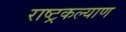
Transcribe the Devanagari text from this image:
राष्ट्रकल्याण